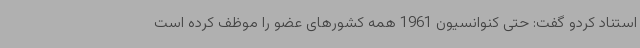
استناد کردو گفت: حتی کنوانسیون 1961 همه کشورهای عضو را موظف کرده است